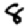
Digit: 8